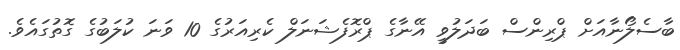
ބާސެލޯނާއަށް ޕްރިންސް ބަދަލުވީ އޭނާގެ ޕްރޮފެޝަނަލް ކެރިއަރުގެ 10 ވަނަ ކުލަބުގެ ގޮތުގައެވެ.